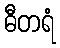
ဓီတရံ